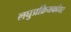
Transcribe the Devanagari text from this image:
लघुप्रक्रियकांवर